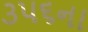
૩૫૬ના